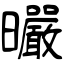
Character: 曮